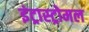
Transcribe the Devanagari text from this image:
इंट्रास्ट्रोमल